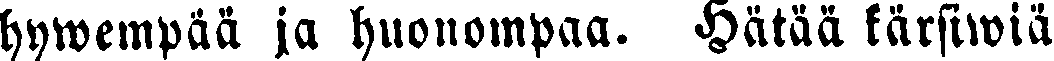
hywempää ja huonompaa. Hätää kärsiwiä